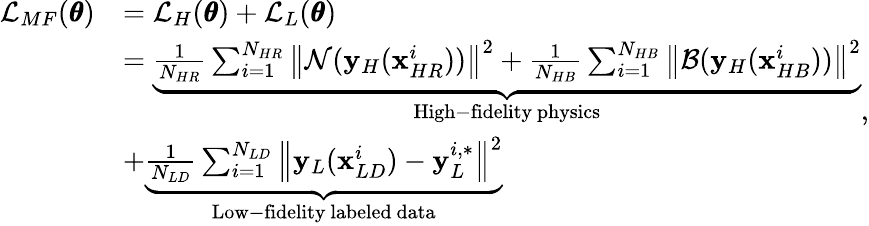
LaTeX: \begin{array}{rl}{\mathcal{L}_{MF}(\pmb{\theta})}&{=\mathcal{L}_{H}(\pmb{\theta})+\mathcal{L}_{L}(\pmb{\theta})}\\ &{=\underbrace{\frac{1}{N_{HR}}\sum_{i=1}^{N_{HR}}{\left\| \mathcal{N}(\mathbf{y}_{H}(\mathbf{x}_{HR}^{i}))\right\| ^{2}}+\frac{1}{N_{HB}}\sum_{i=1}^{N_{HB}}{\left\| \mathcal{B}(\mathbf{y}_{H}(\mathbf{x}_{HB}^{i}))\right\| ^{2}}}_{\mathrm{High-fidelity~physics}}}\\ &{+\underbrace{\frac{1}{N_{LD}}\sum_{i=1}^{N_{LD}}{\left\| \mathbf{y}_{L}(\mathbf{x}_{LD}^{i})-\mathbf{y}_{L}^{i,*}\right\| ^{2}}}_{\mathrm{Low-fidelity~labeled~data}}}\end{array},